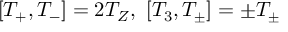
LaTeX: [ T _ { + } , T _ { - } ] = 2 T _ { Z } , \, \, [ T _ { 3 } , T _ { \pm } ] = \pm T _ { \pm }